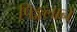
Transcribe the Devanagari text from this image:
पिङ्गलाने